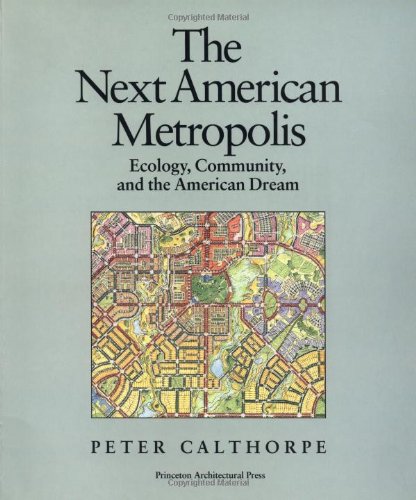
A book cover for The Next American Metropolis: Ecology, Community, and the American Dream; Peter Calthorpe; Politics & Social Sciences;